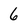
Character: 6